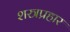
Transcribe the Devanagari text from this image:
शस्त्रप्रहार